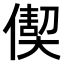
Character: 𠎇